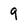
Character: 9